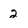
Character: 2